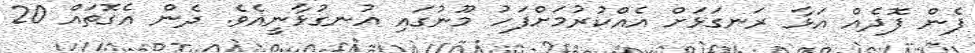
ފެން ފޮދެއް އަޅާ ރަނގަޅަށް އެއްކުރުމަށްފަހު މޫނުގައި އުނގުޅާނީއެވެ. ދެން އެގޮތައް 20